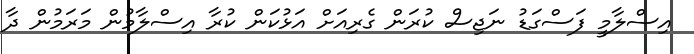
އިސްލާމީ ފަސްގަޑު ނަޖިސް ކުރަން ގެރިއަށް އަޅުކަން ކުރާ އިސްލާމުން މަރަމުން ދާ